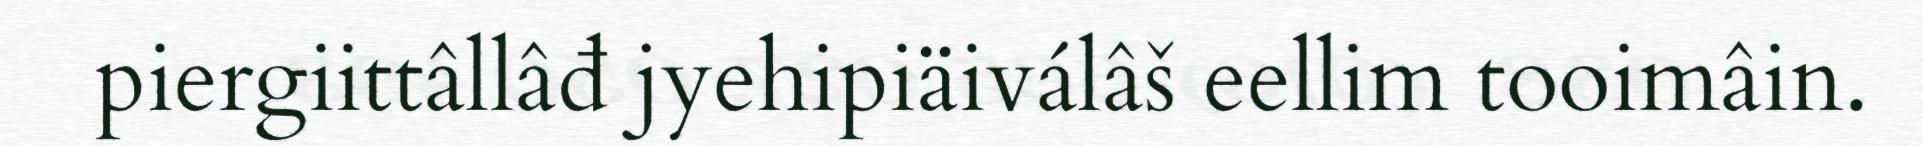
piergiittâllâđ jyehipiäiválâš eellim tooimâin.